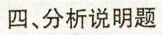
四、分析说明题